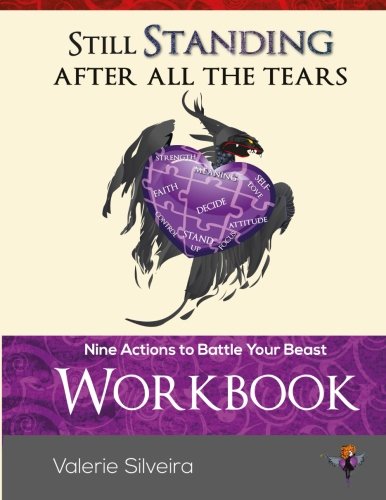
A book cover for Still Standing After All the Tears Workbook: Nine Actions to Battle Your Beast; Valerie Silveira; Self-Help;